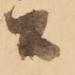
間